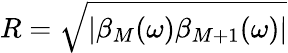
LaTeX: R=\sqrt{|\beta_{M}(\omega)\beta_{M+1}(\omega)|}